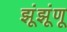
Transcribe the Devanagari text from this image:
झूंझूंणू